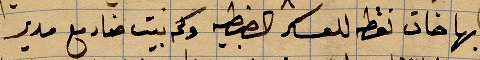
بها خان نقطة للعسكر الضبطية وكم بيت ...